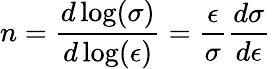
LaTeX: n={\frac{d\log(\sigma)}{d\log(\epsilon)}}={\frac{\epsilon}{\sigma}}{\frac{d\sigma}{d\epsilon}}\,